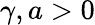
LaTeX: \gamma,a>0